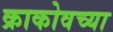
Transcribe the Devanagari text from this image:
क्राकोवच्या